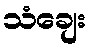
သံချေး